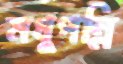
মধুপল্লি